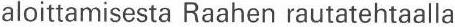
aloittamisesta Raahen rautatehtaalla